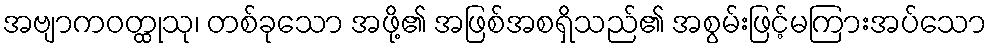
အဗျာကဝတ္ထုသု၊ တစ်ခုသော အဖို့၏ အဖြစ်အစရှိသည်၏ အစွမ်းဖြင့်မကြားအပ်သော